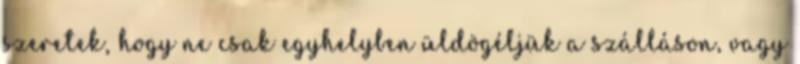
szeretek, hogy ne csak egyhelyben üldögéljük a szálláson, vagy